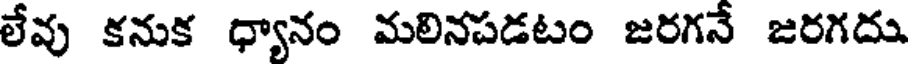
లేవు కనుక ధ్యానం మలినపడటం జరగనే జరగదు